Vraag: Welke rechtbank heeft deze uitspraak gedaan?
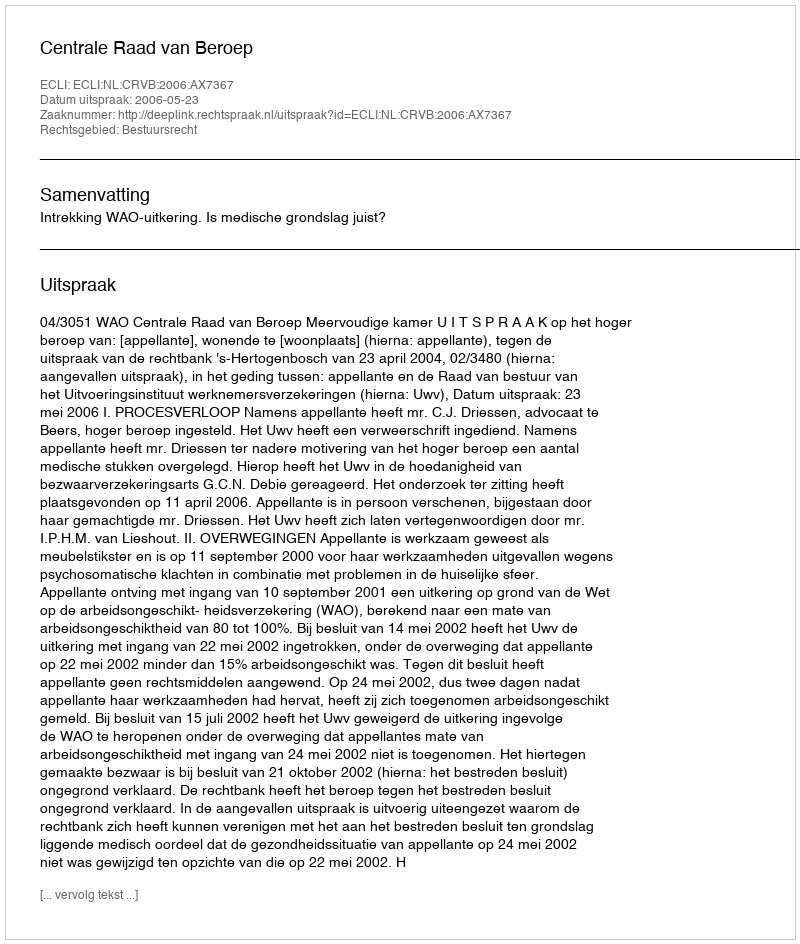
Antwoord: Centrale Raad van Beroep